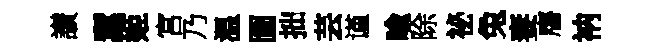
讃蠶姬宮乃温圗拙芸谨喩除祕兔妻譍衲